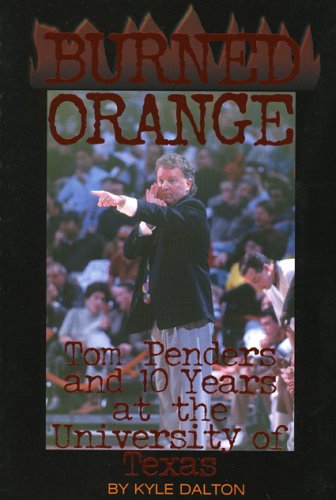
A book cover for Burned Orange: Tom Penders and 10 Years at the University of Texas; Kyle Dalton; Sports & Outdoors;